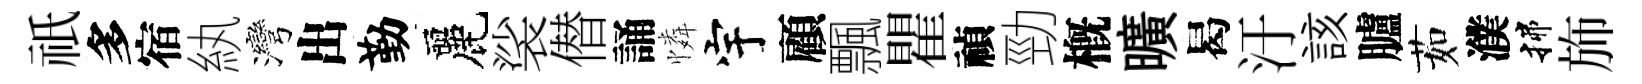
祇多宿紈灣出勤麗裟僣誦憐宇顧飄瞿禎勁槪曠曷汙該臚茹濮揲斾